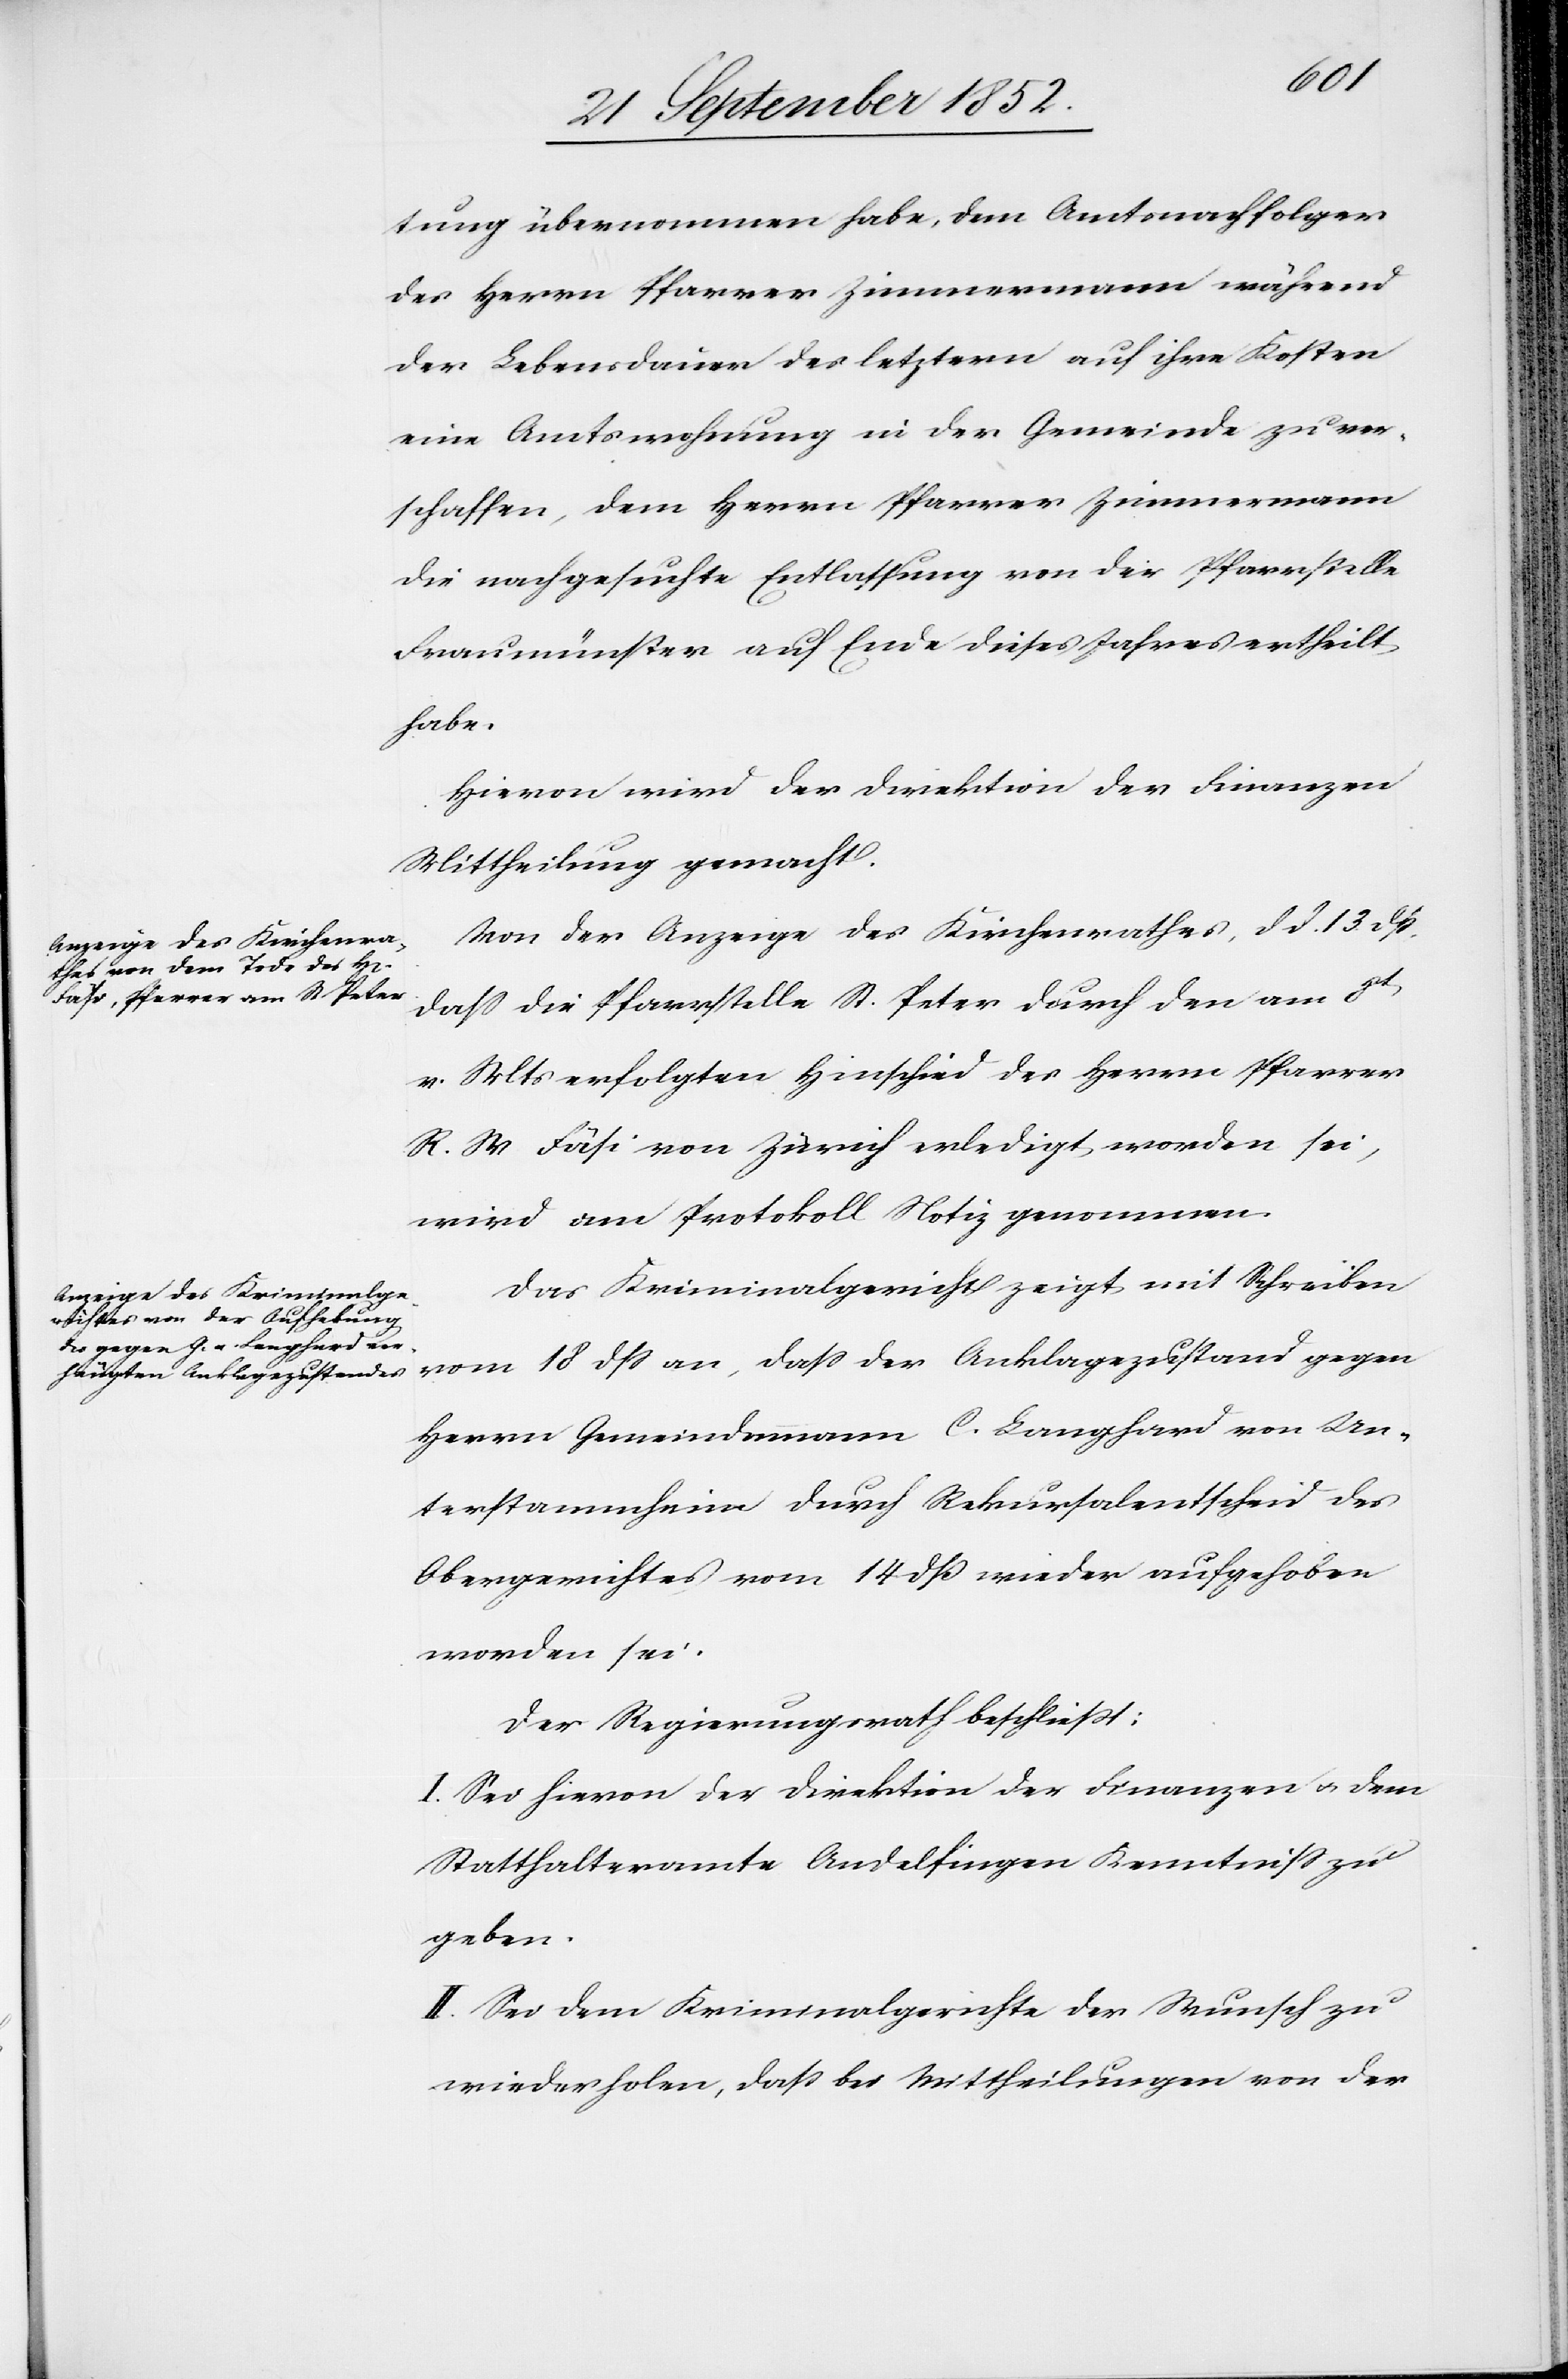
tung übernommen habe, dem Amtsnachfolger
des Herrn Pfarrer Zimmermann während
der Lebensdauer des letztern auf ihre Kosten
eine Amtswohnung in der Gemeinde zu ver¬
schaffen, dem Herrn Pfarrer Zimmermann
die nachgesuchte Entlassung von der Pfarrstelle
Fraumünster auf Ende dieses Jahres ertheilt
habe.
Hievon wird der Direktion der Finanzen
Mittheilung gemacht.
Von der Anzeige des Kirchenrathes, d d. 13 dß,
dass die Pfarrstelle St. Peter durch den am 8t[en]
v. Mts erfolgten Hinschied des Herrn Pfarrer
R. W Fäsi von Zürich erledigt worden sei,
wird am Protokoll Notiz genommen.
Das Kriminalgericht zeigt mit Schreiben
vom 18 dss an, dass der Anklagezustand gegen
Herrn Gemeindammann C. Langhard von Un¬
terstammheim durch Rekursalentscheid des
Obergerichtes vom 14 dß wieder aufgehoben
worden sei.
Der Regierungsrath beschließt:
I. Sei hievon der Direktion der Finanzen & dem
Statthalteramte Andelfingen Kenntniss zu
geben.
II. Sei dem Kriminalgerichte der Wunsch zu
wiederholen, dass bei Mittheilungen von der